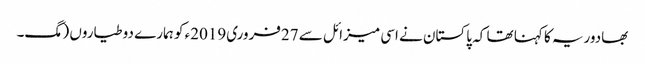
بھادوریہ کا کہنا تھا کہ پاکستان نے اسی میزائل سے 27فروری2019ء کو ہمارے دو طیاروں (مگ۔